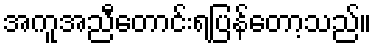
အကူအညီတောင်းရပြန်တော့သည်။